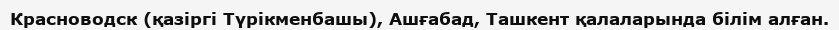
Красноводск (қазіргі Түрікменбашы), Ашғабад, Ташкент қалаларында білім алған.